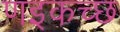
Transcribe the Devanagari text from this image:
णइकच्छ